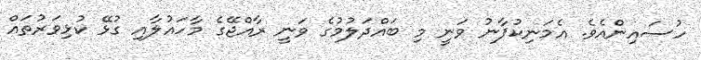
ހުސައިންއެވެ. އެމަނިކުފާނު ވަނީ މި ބައްދަލުމުގެ ވަނީ ރާއްޖޭގެ މާހައުލާއި ގުޅޭ ކުޅިވަރުތައް